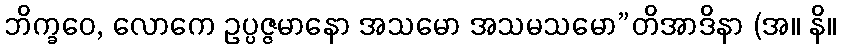
ဘိက္ခဝေ, လောကေ ဥပ္ပဇ္ဇမာနော အသမော အသမသမော”တိအာဒိနာ (အ။ နိ။